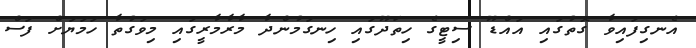
އެނގިފައިވާ ގޮތުގައި އައްޑޫ ސިޓީގެ ހިތަދޫގައި ހިނގަމުންދާ މާރާމާރީގައި މިވަގުތާ ހަމަޔަށް ފަސް